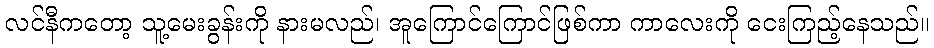
လင်နီကတော့ သူ့မေးခွန်းကို နားမလည်၊ အူကြောင်ကြောင်ဖြစ်ကာ ကာလေးကို ငေးကြည့်နေသည်။